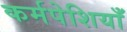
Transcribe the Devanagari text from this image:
कर्मपेशियाँ